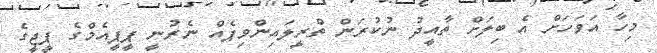
މިހާ އަވަހަށް އެ ބިލަށް ތާއީދު ނުކުރަން ތްރީލައިންވިޕެއް ނެރުނީ ޕީޕީއެމްގެ ޕީޖީގެ